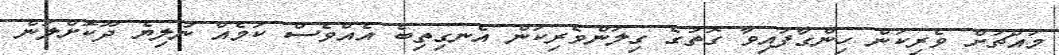
މައްޗަށް ވެރިކަން ހިންގާފައިވާ ގޮތުގެ ގިލަންވެރިކަން އެނގިތިބެ އެއްވެސް ކަމެއް ނުލިޔެ ދޫކޮށްލަން